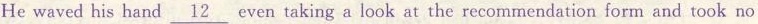
He waved his hand \underline{12}even taking a look at the recommendation form and took no